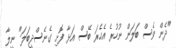
"ދެން ވެސް ބަލަން ނުހުރެ އެހެރަ ބޭސް އަޅާ ފޮށި ގެނެސްދީބަލަ" ނީލާ